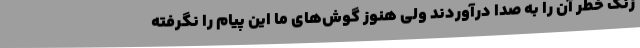
زنگ خطر آن را به صدا درآوردند ولی هنوز گوش‌های ما این پیام را نگرفته